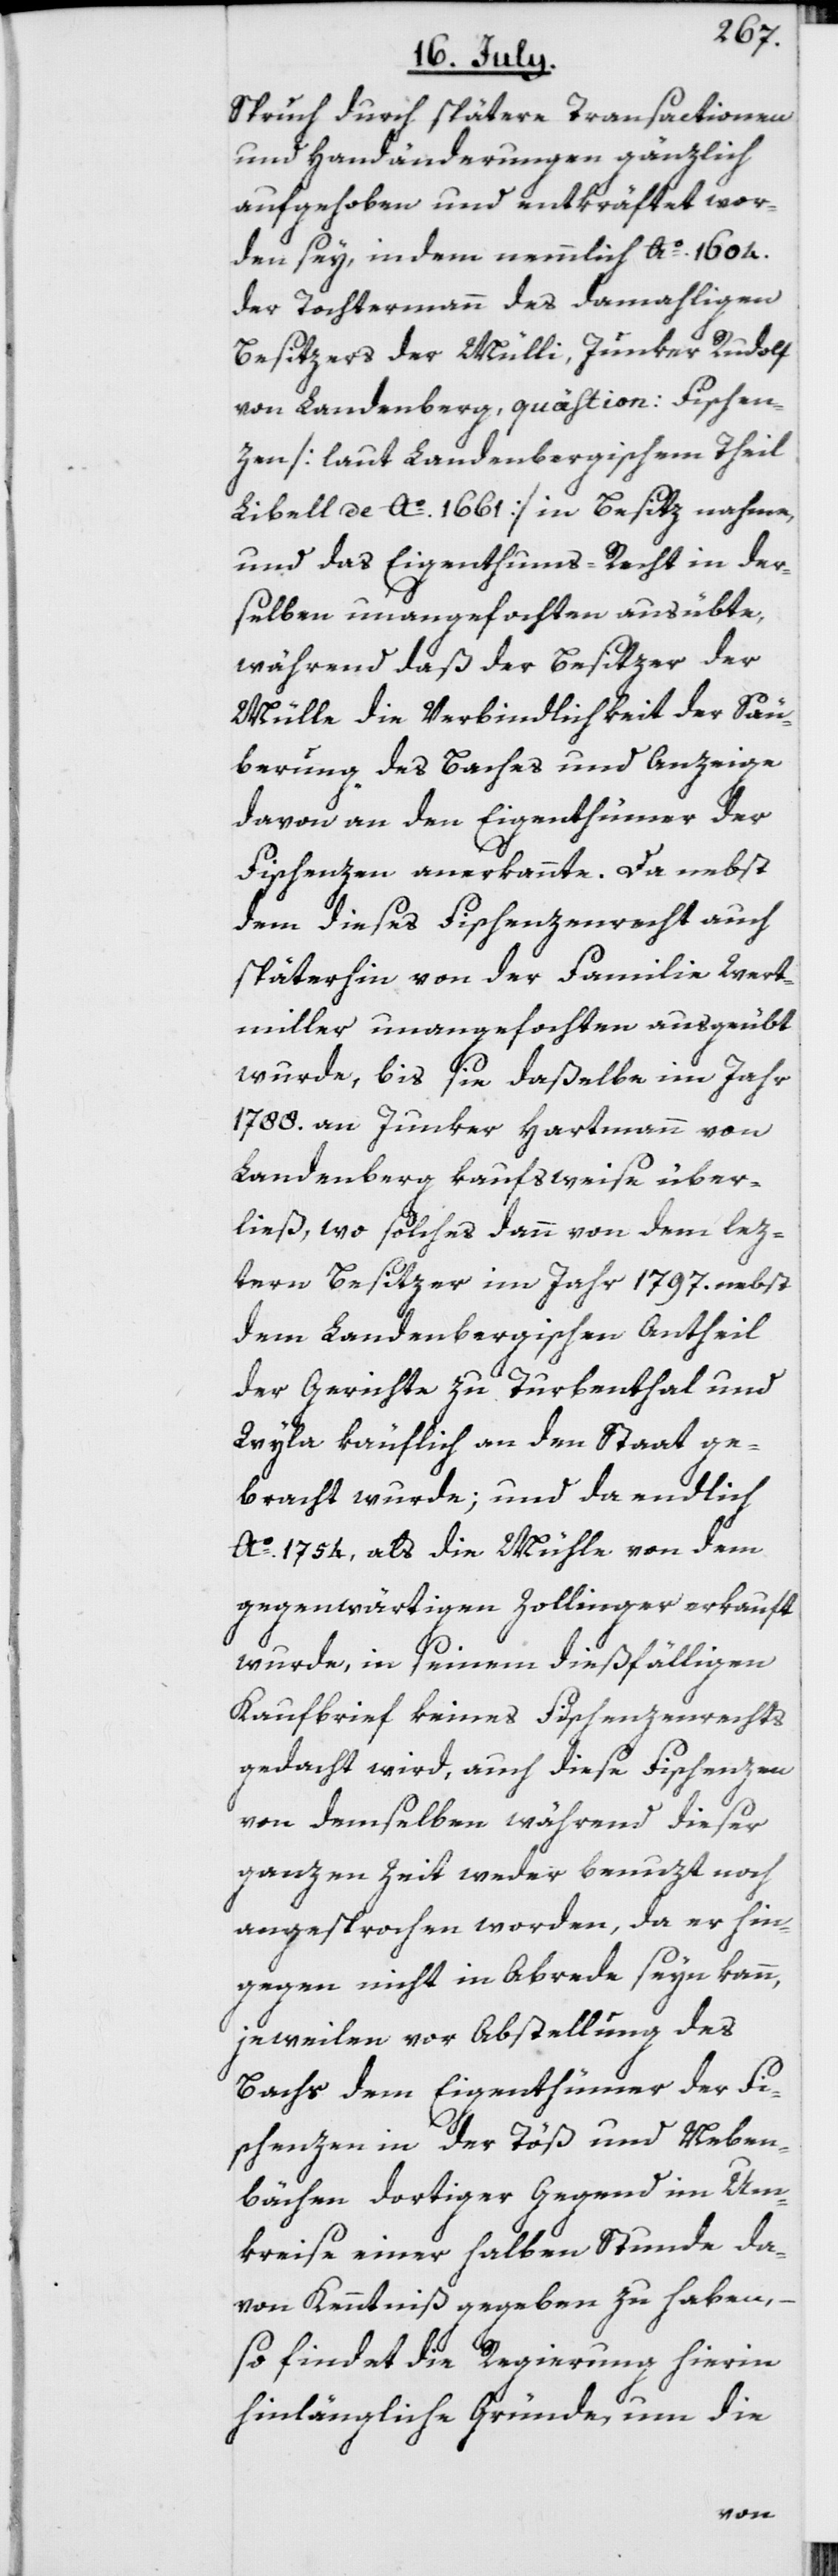
Spruch durch spätere Transactionen
und Handänderungen gänzlich
aufgehoben und entkräftet wor¬
den sey, indem nemmlich Ao. 1604.
der Tochtermann des damahligen
Besitzers der Mülli, Junker Rudolf
von Landenberg, quästion: Fischen¬
zen [laut Landenbergischem Theil
Libell de Ao. 1661] in Besitz nahme,
und das Eigenthums-Recht in der¬
selben unangefochten ausübte,
während daß der Besitzer der
Mülle die Verbindlichkeit der Säu¬
berung des Baches und Anzeige
davon an den Eigenthümer der
Fischenzen anerkannte. Da nebst
dem dieses Fischenzenrecht auch
späterhin von der Familie Wert¬
miller unangefochten ausgeübt
wurde, bis sie daßelbe im Jahr
1788. an Junker Hartmann von
Landenberg kaufsweise über¬
ließ, wo solches dann von dem lez¬
tern Besitzer im Jahr 1797. nebst
dem Landenbergischen Antheil
der Gerichte zu Turbenthal und
Wyla käuflich an den Staat ge¬
bracht wurde; und da endlich
Ao. 1754, als die Mühle von dem
gegenwärtigen Zollinger erkauft
wurde, in seinem dießfälligen
Kaufbrief keines Fischenzenrechts
gedacht wird, auch diese Fischenzen
von demselben während dieser
ganzen Zeit weder benuzt noch
angesprochen worden, da er hin¬
gegen nicht in Abrede seyn kann,
jeweilen vor Abstellung des
Bachs dem Eigenthümer der Fi¬
schenzen in der Töß und Neben¬
bächen dortiger Gegend im Um¬
kreise einer halben Stunde da¬
von Kenntniß gegeben zu haben,
so findet die Regierung hierin
hinlängliche Gründe, um die